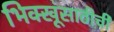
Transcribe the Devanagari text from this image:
भिक्खूंसाठीची